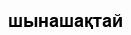
шынашақтай